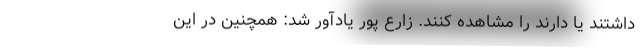
داشتند یا دارند را مشاهده کنند. زارع پور یادآور شد: همچنین در این